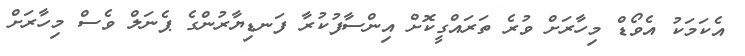
އެކަމަކު އެވޯޑް މިހާރަށް ވުރެ ތަރައްގީކޮށް އިންސާފުކުރާ ފަނޑިޔާރުންގެ ޕެނަލް ވެސް މިހާރަށް